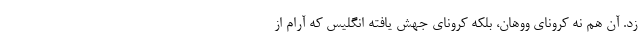
زد. آن هم نه کرونای ووهان، بلکه کرونای جهش یافته انگلیس که آرام از